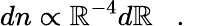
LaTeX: dn\propto\mathbb{R}^{-4}d\mathbb{R}\, \, \, \, \, .\, \, \, \, \,